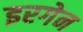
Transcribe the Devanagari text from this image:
इरगेन